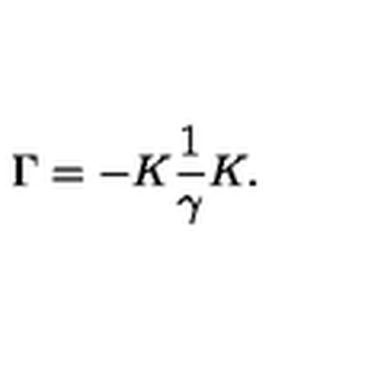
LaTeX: \Gamma = - K \frac { 1 } { \gamma } K .